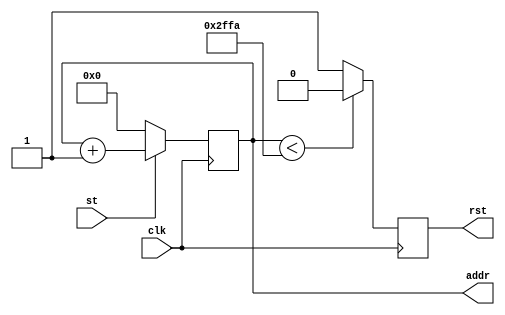
`timescale 1ns / 1ps
//////////////////////////////////////////////////////////////////////////////////
// Company: 
// Engineer: 
// 
// Design Name: 
// Module Name: counter_
// Project Name: 
// Target Devices: 
// Tool Versions: 
// Description: 
// 
// Dependencies: 
// 
// Revision:
// Revision 0.01 - File Created
// Additional Comments:
// 
//////////////////////////////////////////////////////////////////////////////////


module counter_(addr, clk, st, rst);
input clk, st;
output reg rst;
output reg [13:0] addr;

always@(posedge clk)
begin
if (st) addr<=addr+1;
else addr=1'b0;
end
always@(posedge clk)
begin
if (addr<12282) rst <= 1'b0;
else rst <= 1'b1;
end
endmodule